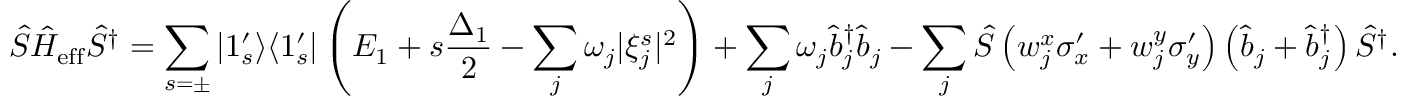
\hat { S } \hat { H } _ { \mathrm { e f f } } \hat { S } ^ { \dagger } = \sum _ { s = \pm } | 1 _ { s } ^ { \prime } \rangle \langle 1 _ { s } ^ { \prime } | \left( E _ { 1 } + s \frac { \Delta _ { 1 } } { 2 } - \sum _ { j } \omega _ { j } | \xi _ { j } ^ { s } | ^ { 2 } \right) + \sum _ { j } \omega _ { j } \hat { b } _ { j } ^ { \dagger } \hat { b } _ { j } - \sum _ { j } \hat { S } \left( w _ { j } ^ { x } \sigma _ { x } ^ { \prime } + w _ { j } ^ { y } \sigma _ { y } ^ { \prime } \right) \left( \hat { b } _ { j } + \hat { b } _ { j } ^ { \dagger } \right) \hat { S } ^ { \dagger } .